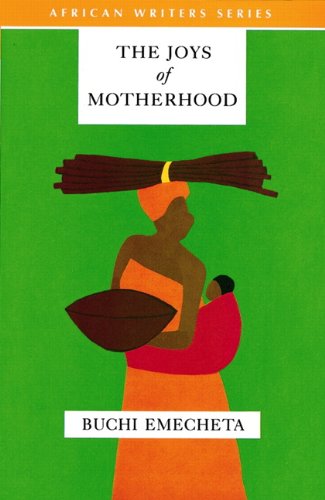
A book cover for The Joys of Motherhood; Buchi Emechta; Literature & Fiction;